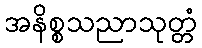
အနိစ္စသညာသုတ္တံ